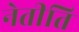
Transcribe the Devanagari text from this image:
नेतीति